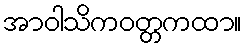
အာဝါသိကဝတ္တကထာ။